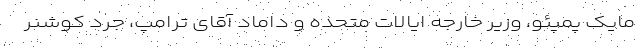
مایک پمپئو، وزیر خارجه ایالات متحده و داماد آقای ترامپ، جرد کوشنر